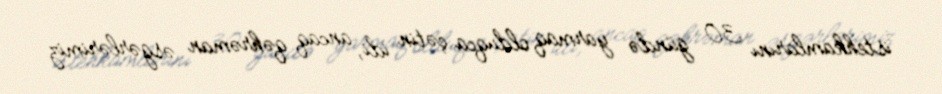
istehkamlarını 30 gündə yarmaq olduqca çətin idi, ancaq qəhrəman əsgərlərimiz